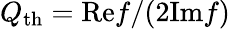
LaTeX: Q_{\mathrm{th}}=\mathrm{Re}f/(2\mathrm{Im}f)